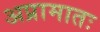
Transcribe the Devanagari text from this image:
अप्रामातः